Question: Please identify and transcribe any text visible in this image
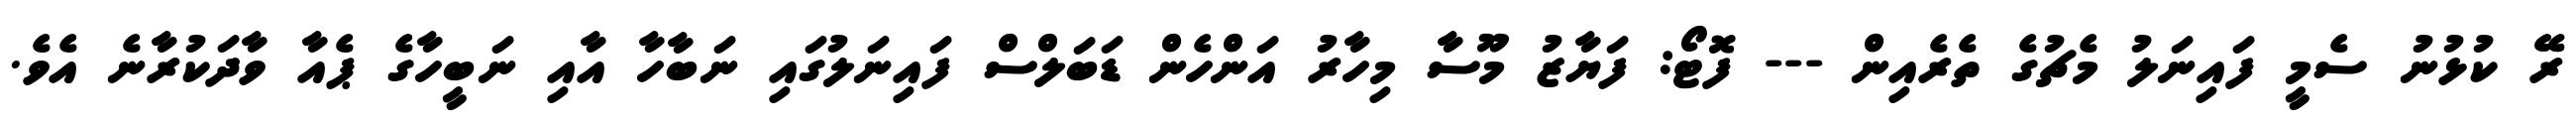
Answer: ރޭ ކުޅުނު ސެމީ ފައިނަލު މެޗުގެ ތެރެއިން --- ފޮޓޯ: ފަޔާޒު މޫސާ މިހާރު އަންހެން ޑަބަލްސް ފައިނަލުގައި ނަބާހާ އާއި ނަބީހާގެ ޕެއާ ވާދަކުރާނެ އެވެ.